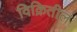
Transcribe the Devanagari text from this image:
विक्रितील